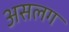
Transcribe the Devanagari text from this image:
असलग